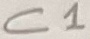
Text: C1